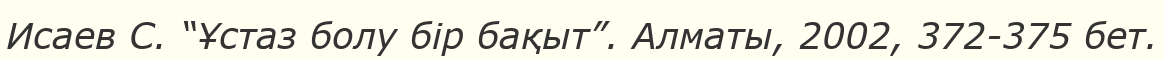
Исаев С. “Ұстаз болу бір бақыт”. Алматы, 2002, 372-375 бет.